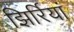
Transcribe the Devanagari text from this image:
झिर्रियां